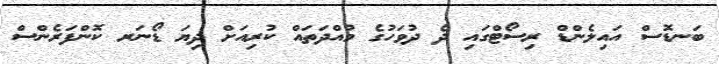
ބަނޑޮސް އައިލެންޑް ރިސޯޓްގައި ދެ ދުވަހުގެ މުއްދަތައް ކުރިއަށް ދިޔަ ޑޯނަރ ކޮންފަރެންސް